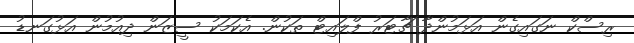
ރިސްކް ނަގައިގެން އަޅަމުންދާ ޗާޓަރު ފްލައިޓް ތަކުން. އެކަމަކު ސީޒަން ދިއުމުން އަޅުގަނޑު